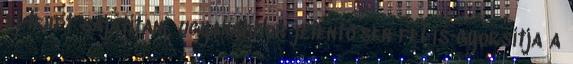
el lehet sajátítani, ugyanakkor jelentősen fel is gyorsítja a